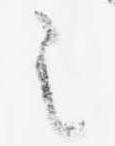
之